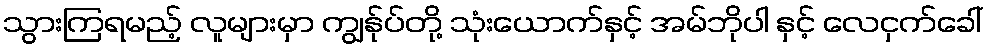
သွားကြရမည့် လူများမှာ ကျွန်ုပ်တို့ သုံးယောက်နှင့် အမ်ဘိုပါ နှင့် လေငှက်ခေါ်